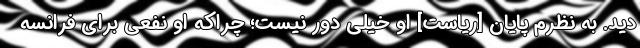
دید. به نظرم پایان [ریاست] او خیلی دور نیست؛ چراکه او نفعی برای فرانسه